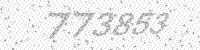
Solution: 773853